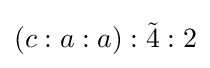
(c:a:a):{\tilde {4}}:2